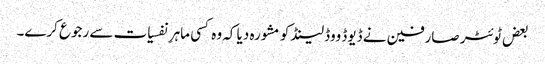
بعض ٹوئٹر صارفین نے ڈیوڈ ووڈلینڈ کو مشورہ دیا کہ وہ کسی ماہرِ نفسیات سے رجوع کرے۔